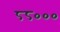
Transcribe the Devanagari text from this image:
८८०००